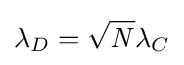
\lambda _{D}={\sqrt {\mathit {N}}}\lambda _{C}